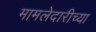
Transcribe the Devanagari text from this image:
मामलेदारीच्या